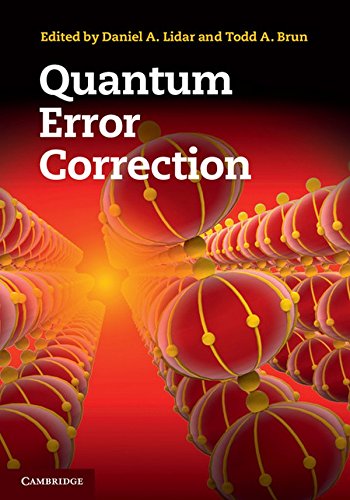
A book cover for Quantum Error Correction; Computers & Technology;